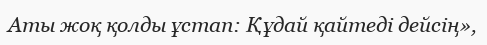
Аты жоқ қолды ұстап: Құдай қайтедi дейсiң»,